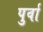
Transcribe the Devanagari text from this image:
पुर्वा